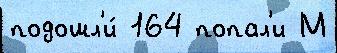
подошл'и́ 164 попал'и М